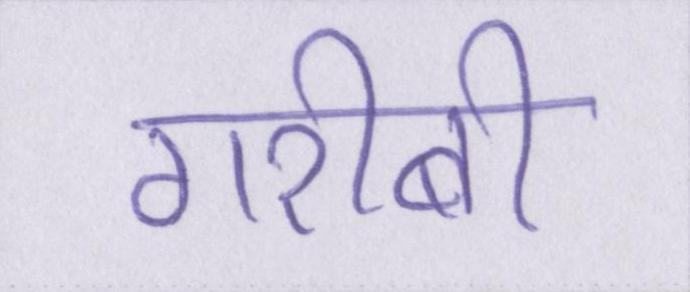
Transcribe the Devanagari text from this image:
गरीबी